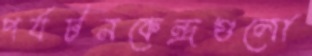
পর্যটনকেন্দ্রগুলো